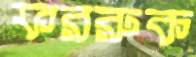
ফররুক